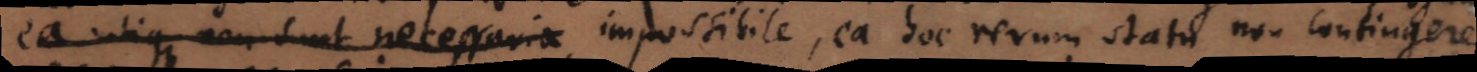
ea utique non sunt necessaria impossibile, ea hoc rerum statu non contingere